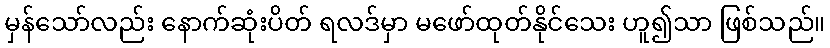
မှန်သော်လည်း နောက်ဆုံးပိတ် ရလဒ်မှာ မဖော်ထုတ်နိုင်သေး ဟူ၍သာ ဖြစ်သည်။